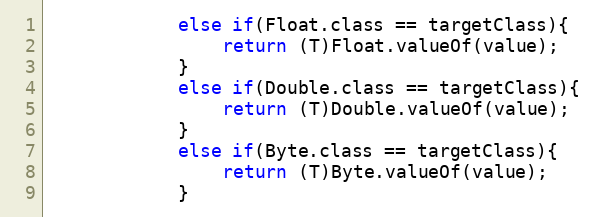
Language: Java
			else if(Float.class == targetClass){
				return (T)Float.valueOf(value);
			}
			else if(Double.class == targetClass){
				return (T)Double.valueOf(value);
			}
			else if(Byte.class == targetClass){
				return (T)Byte.valueOf(value);
			}